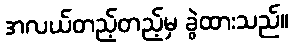
အလယ်တည့်တည့်မှ ခွဲထားသည်။